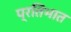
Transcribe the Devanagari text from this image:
प्रतिभात